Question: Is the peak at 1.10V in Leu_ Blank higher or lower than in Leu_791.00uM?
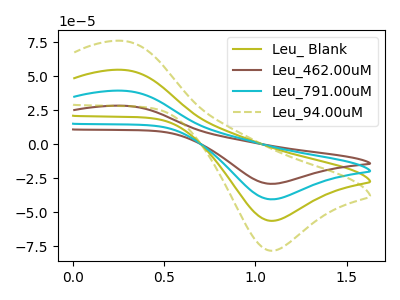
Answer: <think>The olive curve "Leu_ Blank" has an anodic peak at (0.30V, 54.65uA) and a cathodic peak at (1.10V, -56.40uA). The brown curve "Leu_462.00uM" has an anodic peak at (0.30V, 163.95uA) and a cathodic peak at (1.10V, -169.15uA). The cyan curve "Leu_791.00uM" has an anodic peak at (0.30V, 109.30uA) and a cathodic peak at (1.10V, -112.75uA). The olive dashed curve "Leu_94.00uM" has an anodic peak at (0.30V, 75.95uA) and a cathodic peak at (1.10V, -78.35uA).</think>
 <answer>The peak at 1.10V is lower in "Leu_ Blank" than in "Leu_791.00uM".</answer>
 <eval>lower</eval>